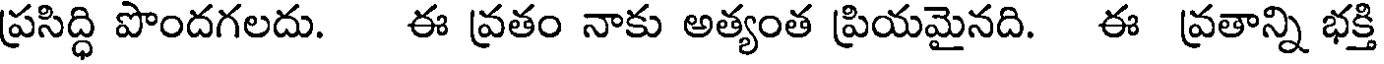
ప్రసిద్ధి పొందగలదు. ఈ వ్రతం నాకు అత్యంత ప్రియమైనది. ఈ వ్రతాన్ని భక్తి